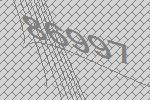
86997